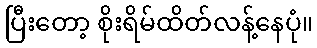
ပြီးတော့ စိုးရိမ်ထိတ်လန့်နေပုံ။